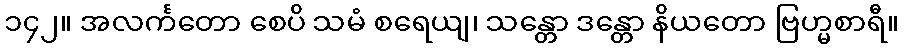
၁၄၂။ အလင်္ကတော စေပိ သမံ စရေယျ၊ သန္တော ဒန္တော နိယတော ဗြဟ္မစာရီ။